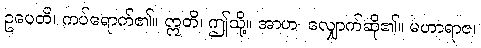
ဥပေတိ၊ ကပ်ရောက်၏။ ဣတိ၊ ဤသို့။ အာဟ၊ လျှောက်ဆို၏။ မဟာရာဇ၊